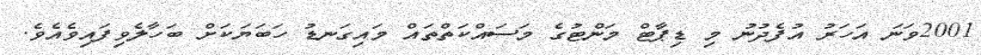
2001ވަނަ އަހަރު އުފެދުނު މި ޑިޕާޓް މަންޓުގެ މަސައްކަތްތައް މައިގަނޑު ހަބަޔަކަށް ބަހާލެވިފައިވެއެވެ.